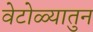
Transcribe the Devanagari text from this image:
वेटोळ्यातुन